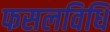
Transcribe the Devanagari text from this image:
फसलविधि